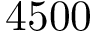
4 5 0 0